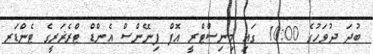
ބުދަ ދުވަހުގެ 10:00 ގައި މިނިސްޓްރީ އޮފް ފިނޭންސް އެންޑް ޓްރެޜަރީގެ ޓެންޑަރ